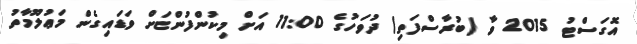
އޮގަސްޓު 2015 ވާ (ބުރާސްފަތި) ދުވަހުގެ 11:00 އަށް މިކުންފުންޏަށް ވަޑައިގެން މަޢުލޫމާތު